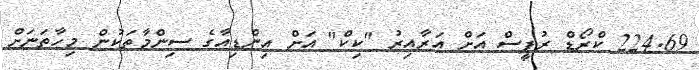
224.69 ކްރޯޑް ރުޕީސް އަށް އަރާއިރު "ކިކް" އަށް އިންޑިއާގެ ސިންމާތަކުން މިހާތަނަށް